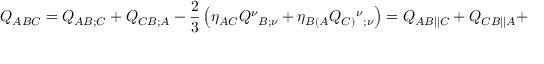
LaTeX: { \cal Q } _ { A B C } = Q _ { A B ; C } + Q _ { C B ; A } - \frac 2 3 \left( \eta _ { A C } Q ^ { \nu } { _ { B ; \nu } } + \eta _ { B ( A } Q _ { C ) } { ^ \nu } { _ { ; \nu } } \right) = { Q } _ { A B | | C } + { Q } _ { C B | | A } +